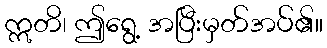
ဣတိ၊ ဤရွေ့ အပြီးမှတ်အပ်၏။